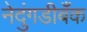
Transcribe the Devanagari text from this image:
नेदुंगडीबँक